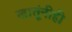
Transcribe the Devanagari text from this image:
खातूंनीही